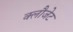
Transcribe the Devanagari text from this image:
क्लौजेट